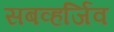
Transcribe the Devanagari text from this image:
सबव्हर्जिव